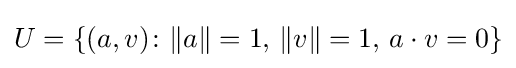
U=\{(a,v)\colon \|a\|=1,\,\|v\|=1,\,a\cdot v=0\}